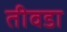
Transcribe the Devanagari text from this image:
तीवडा